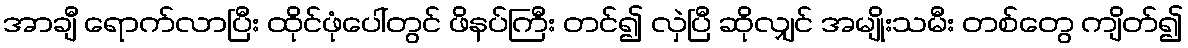
အာချီ ရောက်လာပြီး ထိုင်ဖုံပေါ်တွင် ဖိနပ်ကြီး တင်၍ လှဲပြီ ဆိုလျှင် အမျိုးသမီး တစ်တွေ ကျိတ်၍